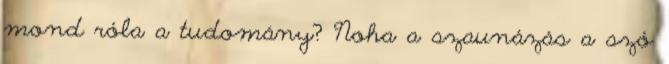
mond róla a tudomány? Noha a szaunázás a szó